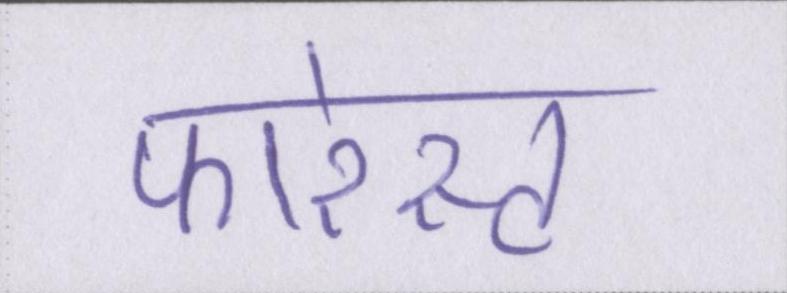
फारेस्ट